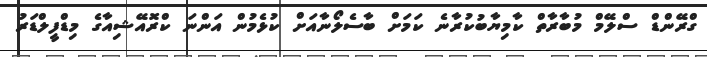
ގްރޭންޑް ސްލޭމް މުބާރާތް ކާމިޔާބުކުރާނެ ކަމަށް ބާސެލޯނާއަށް ކުޅެމުން އަންނަ ކްރޮއޭޝިއާގެ މިޑްފީލްޑަރު